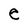
Character: e